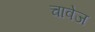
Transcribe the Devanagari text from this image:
चावेज